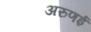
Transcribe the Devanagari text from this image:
अरुणई